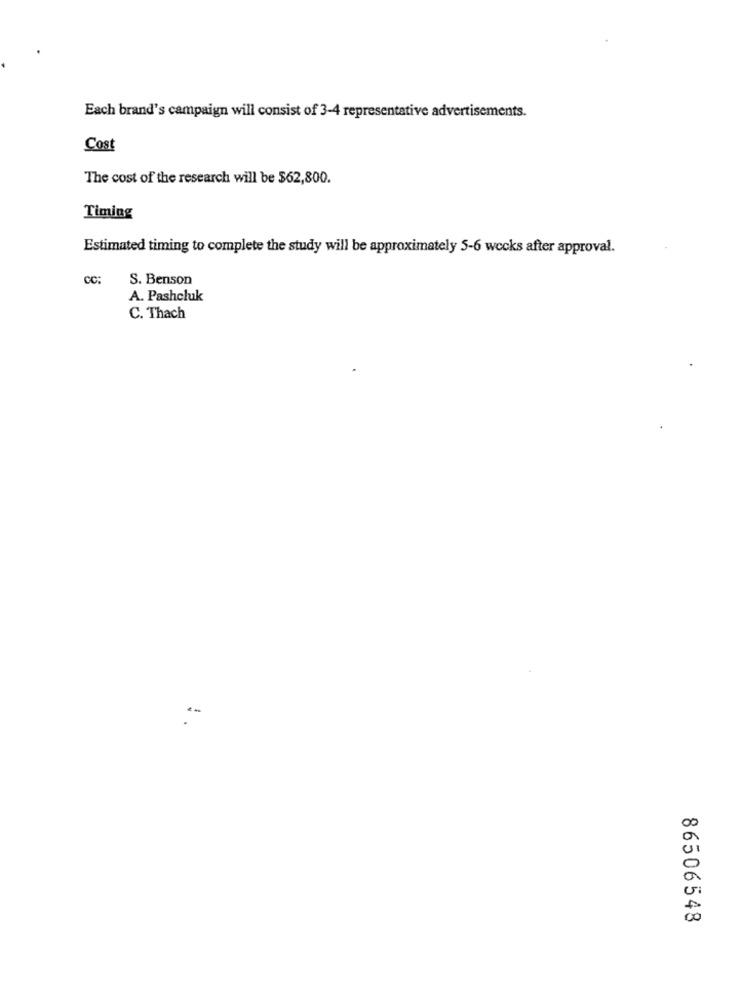
Each brand's campaign will consist of 3-4 representative advertisements.
Cost
The cost of the research will be $62,800.
Timing
Estimated timing to complete the study will be approximately 5-6 weeks after approval.
CC:
S. Benson
A. Pashcluk
C. Thach
86506548